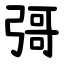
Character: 彁